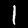
Label: 1